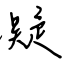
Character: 凝